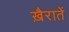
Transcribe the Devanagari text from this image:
ख़ैरातें